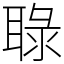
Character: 䎼